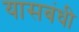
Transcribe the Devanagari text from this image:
यासबंधी